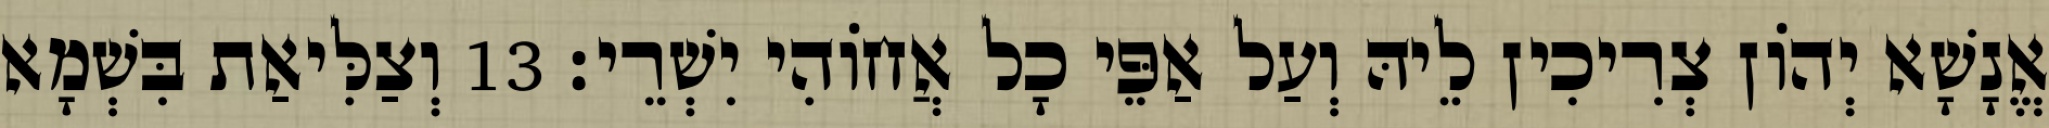
אֱנָשָׁא יְהוֹן צְרִיכִין לֵיהּ וְעַל אַפֵּי כָל אֲחוֹהִי יִשְׁרֵי׃ 13 וְצַלִּיאַת בִּשְׁמָא